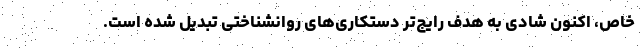
خاص، اکنون شادی به هدف رایج‌تر دستکاری‌های روانشناختی تبدیل شده است.